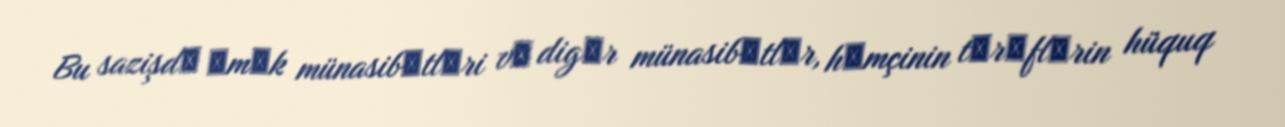
Bu sazişdә әmәk münasibәtlәri vә digәr münasibәtlәr, hәmçinin tәrәflәrin hüquq